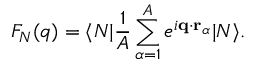
F _ { N } ( q ) = \langle N | \frac { 1 } { A } \sum _ { \alpha = 1 } ^ { A } e ^ { i \mathbf { q } \cdot \mathbf { r } _ { \alpha } } | N \rangle .